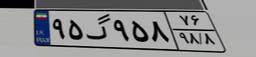
۹۳گ۱۲۱۵۷